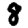
Digit: 8